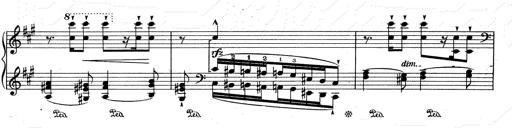
Title: RÃ©miniscences de Don Juan
Composer: Franz Liszt